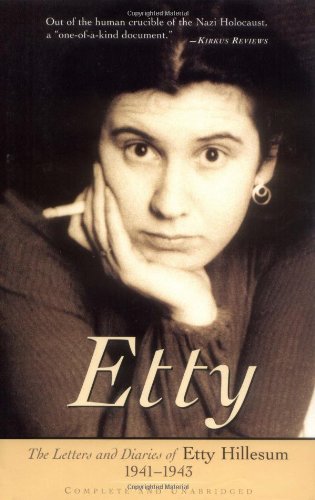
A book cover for Etty: The Letters and Diaries of Etty Hillesum 1941-1943; Etty Hillesum; Biographies & Memoirs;